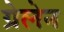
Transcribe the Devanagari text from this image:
ग्रेलेन